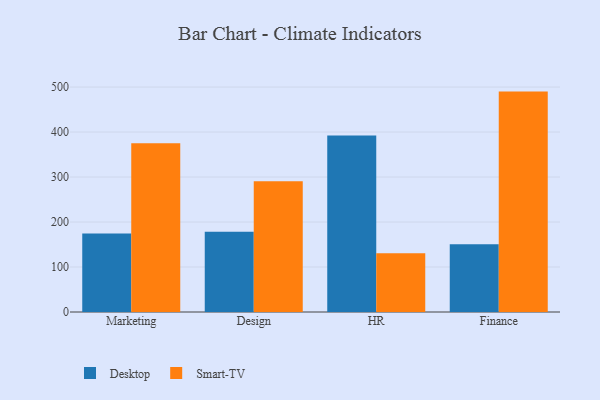
{"axis": {"x": "Department", "y": "Revenue (USD Million)"}, "legend": ["Desktop", "Smart-TV"], "data": [{"x": "Marketing", "y": 174.7, "type": "Desktop"}, {"x": "Marketing", "y": 375.2, "type": "Smart-TV"}, {"x": "Design", "y": 178.3, "type": "Desktop"}, {"x": "Design", "y": 290.8, "type": "Smart-TV"}, {"x": "HR", "y": 392.5, "type": "Desktop"}, {"x": "HR", "y": 130.6, "type": "Smart-TV"}, {"x": "Finance", "y": 150.6, "type": "Desktop"}, {"x": "Finance", "y": 489.9, "type": "Smart-TV"}]}